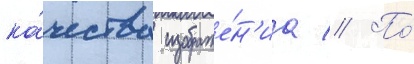
ка́чества изображе́н'иа // По́